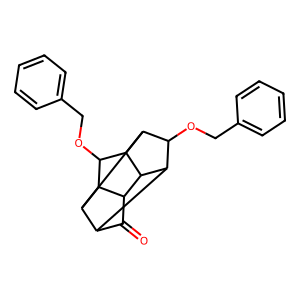
SMILES: O=C1C2C3C(OCc4ccccc4)C4C5C(OCc6ccccc6)C(C1C35)C24
Inhibits HIV replication: No